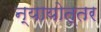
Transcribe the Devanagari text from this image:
न्यायोत्तर